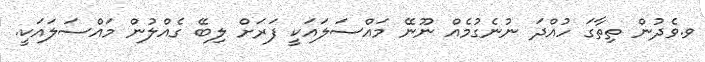
ވ.ވެދުން ތިތާގަ ހުއްދަ ނުނެގުމެއް ނޫނޭ މައްސަލައަކީ ފަރަށް ލިބޭ ގެއްލުން މައްސަލައަކީ.